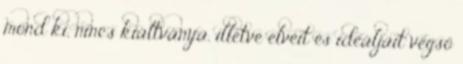
mond ki, nincs kiáltványa, illetve elveit és ideáljait végső